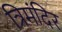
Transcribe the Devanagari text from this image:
त्रिमंदिर